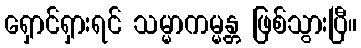
ရှောင်ရှားရင် သမ္မာကမ္မန္တ ဖြစ်သွားပြီ။